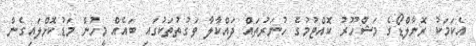
އެކަމަކު ރޮނާލްޑޯގެ މަޝްހޫރު ކޮއްޓުމުގެ ހުނަރުތައް ދައްކާލާ ވަގުތުތަކުގައި ބައެއް މީހުން މަޑުކޮށްލައިގެން